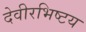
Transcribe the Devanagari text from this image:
देवीरभिष्टय